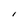
Character: l